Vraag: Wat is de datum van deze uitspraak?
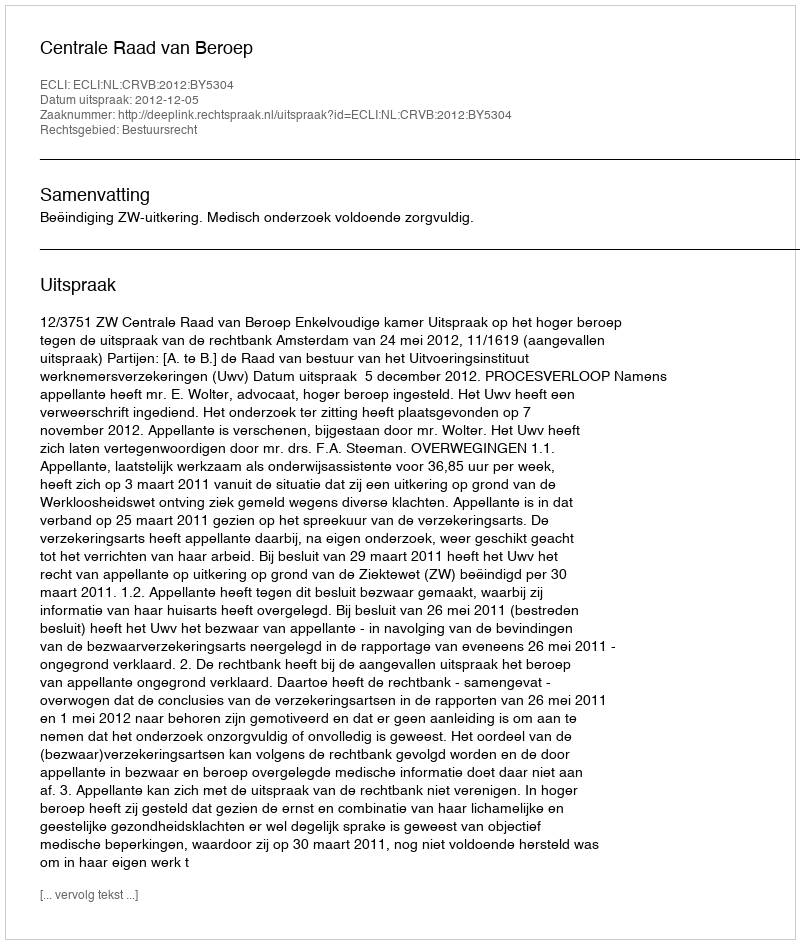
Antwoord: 2012-12-05